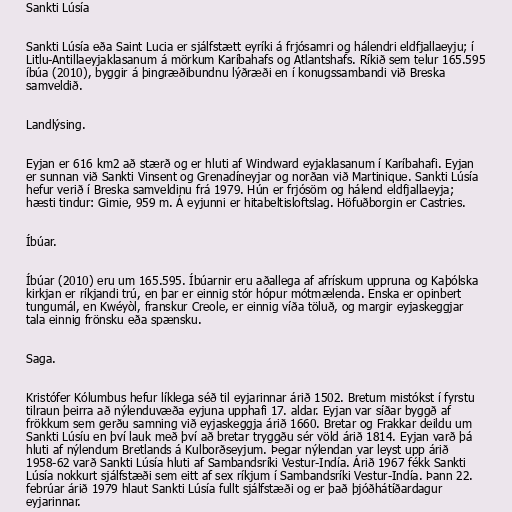
Sankti Lúsía

Sankti Lúsía eða Saint Lucia er sjálfstætt eyríki á frjósamri og hálendri eldfjallaeyju; í
Litlu-Antillaeyjaklasanum á mörkum Karíbahafs og Atlantshafs. Ríkið sem telur 165.595
íbúa (2010), byggir á þingræðibundnu lýðræði en í konugssambandi við Breska
samveldið.

Landlýsing.

Eyjan er 616 km2 að stærð og er hluti af Windward eyjaklasanum í Karíbahafi. Eyjan
er sunnan við Sankti Vinsent og Grenadíneyjar og norðan við Martinique. Sankti Lúsía
hefur verið í Breska samveldinu frá 1979. Hún er frjósöm og hálend eldfjallaeyja;
hæsti tindur: Gimie, 959 m. Á eyjunni er hitabeltisloftslag. Höfuðborgin er Castries.

Íbúar.

Íbúar (2010) eru um 165.595. Íbúarnir eru aðallega af afrískum uppruna og Kaþólska
kirkjan er ríkjandi trú, en þar er einnig stór hópur mótmælenda. Enska er opinbert
tungumál, en Kwéyòl, franskur Creole, er einnig víða töluð, og margir eyjaskeggjar
tala einnig frönsku eða spænsku.

Saga.

Kristófer Kólumbus hefur líklega séð til eyjarinnar árið 1502. Bretum mistókst í fyrstu
tilraun þeirra að nýlenduvæða eyjuna upphafi 17. aldar. Eyjan var síðar byggð af
frökkum sem gerðu samning við eyjaskeggja árið 1660. Bretar og Frakkar deildu um
Sankti Lúsíu en því lauk með því að bretar tryggðu sér völd árið 1814. Eyjan varð þá
hluti af nýlendum Bretlands á Kulborðseyjum. Þegar nýlendan var leyst upp árið
1958-62 varð Sankti Lúsía hluti af Sambandsríki Vestur-Indía. Árið 1967 fékk Sankti
Lúsía nokkurt sjálfstæði sem eitt af sex ríkjum í Sambandsríki Vestur-Indía. Þann 22.
febrúar árið 1979 hlaut Sankti Lúsía fullt sjálfstæði og er það þjóðhátíðardagur
eyjarinnar.